Report on vaccination North-West Frontier Province 1904-1922 - 1904-1922
Year: 1904
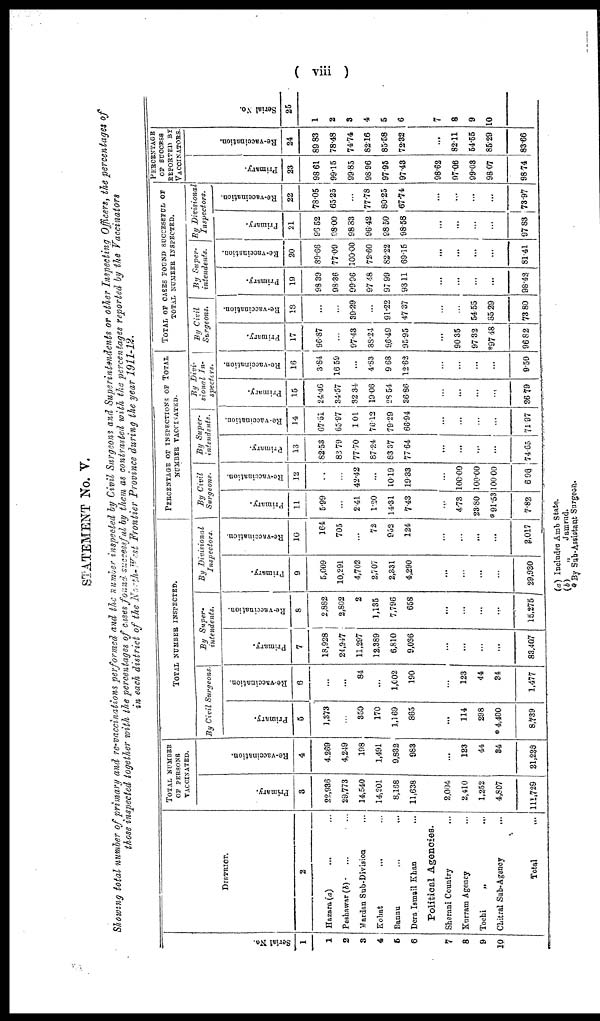
( viii )
STATEMENT No. V.
Showing total number of primary and re-vaccinations performed and the number inspected by Civil Surgeons and Superintendents or other Inspecting Officers, the percentages of
those inspected together with the percentages of cases found successful by them as contrasted with the percentages reported by the Vaccinators
in each district of the North-West Frontier Province during the year 1911-12.
Serial No.
1
1
2
3
4
5
6
7
8
9
10
DISTRICT.
2
Hazara (a) ... ...
Peshawar (b) ... ...
Mardan Sub-Division ...
Kohat ... ...
Bannu
...
...
Dera Ismail Khan ...
Political Agencies.
Sherani Country ...
Kurram Agency ...
Tochi
„ ...
Chitral Sub-Agency ...
Total
...
TOTAL NUMBER
OF PERSONS
VACCINATED.
Primary.
3
22,936
29,773
14,540
14,201
8,168
11,638
2,004
2,410
1,252
4,807
111,729
Re-vaccination.
4
4,269
4,249
198
1,491
9,832
983
...
123
44
34
21,223
TOTAL NUMBER INSPECTED.
By Civil Surgeons.
Primary.
5
1,373
...
350
170
1,169
865
...
114
298
* 4,400
8,739
Re-vaccination.
6
...
...
84
...
1,002
190
...
123
44
34
1,477
By Super¬
intendents.
Primary.
7
18,928
24,947
11,297
12,389
6,810
9,036
...
...
...
...
83,407
Re-vaccination.
8
2,882
2,802
2
1,135
7,796
658
...
...
...
...
15,275
By Divisional
Inspectors.
Primary.
9
5,609
10,291
4,702
2,707
2,331
4,290
...
...
...
...
29,930
Re-vaccination.
10
164
705
...
72
952
124
...
...
...
...
2,017
PERCENTAGE OF INSPECTIONS OF TOTAL
NUMBER VACCINATED.
By Civil
Surgeons.
Primary.
11
5.99
...
2.41
1.20
14.31
7.43
...
4.73
23.80
* 91.53
7.82
Re-vaccination.
12
...
...
42.42
...
10.19
19.33
...
100.00
100.00
100.00
6.96
By Super-
intendents.
Primary.
13
82.53
83.79
77.70
87.24
83.37
77.64
...
...
...
...
74.65
Re-vaccination.
14
67.51
65.97
1.01
76.12
79.29
66.94
...
...
...
...
71.97
By Divi-
sional In¬
spectors.
Primary.
15
24.46
34.57
32.34
19.06
28.54
36.86
...
...
...
...
26.79
Re-vaccination.
16
3.84
16.59
...
4.83
9.68
12.62
...
...
...
...
9.50
TOTAL OF CASES FOUND SUCCESSFUL OF
TOTAL NUMBER INSPECTED.
By Civil
Surgeons.
Primary.
17
96.87
...
97.43
38.24
96.49
95.95
...
90.35
97.32
*97.48
96.82
Re-vaccination.
18
...
...
39.29
...
91.22
47.37
...
...
54.55
85.29
73.80
By Super-
intendents.
Primary.
19
98.39
98.36
99.96
97.48
97.99
93.11
...
...
...
...
98.43
Re-vaccination.
20
89.66
77.09
100.00
72.60
82.22
69.15
...
...
...
...
81.41
By Divisional
Inspectors.
Primary.
21
96.52
98.00
98.83
96.42
98.50
98.58
...
...
...
...
97.83
Re-vaccination.
22
78.05
65.25
...
77.78
80.25
67.74
...
...
...
...
73.97
PERCENTAGE
OF SUCCESS
REPORTED BY
VACCINATORS.
Primary.
23
98.61
99.15
99.85
98.96
97.95
97.43
98.62
97.06
99.03
98.07
98.74
Re-vaccination.
24
89.83
78.48
74.74
82.16
85.58
72.32
...
82.11
54.55
85.29
83.66
Serial No.
25
1
2
3
4
5
6
7
8
9
10
(a) Includes Amb State.
(b)
„
Jamrud.
* By Sub-Assistant Surgeon.